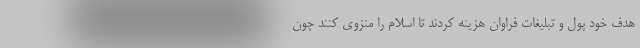
هدف خود پول و تبلیغات فراوان هزینه کردند تا اسلام را منزوی کنند چون